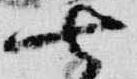
七